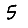
Digit: 5